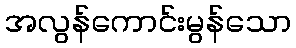
အလွန်ကောင်းမွန်သော